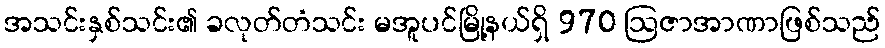
အသင်းနှစ်သင်း၏ ခလုတ်တံသင်း မအူပင်မြို့နယ်ရှိ 970 ဩဇာအာဏာဖြစ်သည်